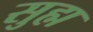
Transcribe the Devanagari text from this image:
सुह्म